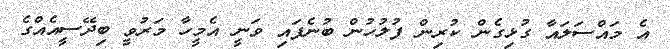
އެ މައްސަލައާ ގުޅިގެން ކުރިން ފުލުހުން ބުނެފައި ވަނީ އެމީހާ މަރުވީ ބިދޭސީއެއްގެ